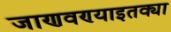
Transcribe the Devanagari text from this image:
जाणवण्याइतक्या